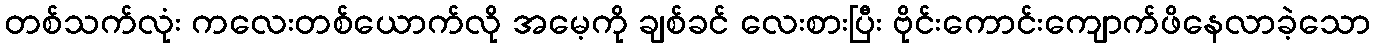
တစ်သက်လုံး ကလေးတစ်ယောက်လို အမေ့ကို ချစ်ခင် လေးစားပြီး ဗိုင်းကောင်းကျောက်ဖိနေလာခဲ့သော